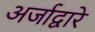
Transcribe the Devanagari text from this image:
अर्जाद्वारे